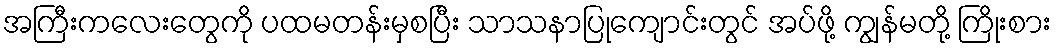
အကြီးကလေးတွေကို ပထမတန်းမှစပြီး သာသနာပြုကျောင်းတွင် အပ်ဖို့ ကျွန်မတို့ ကြိုးစား